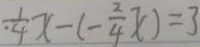
\frac { 1 } { . 4 } x - ( - \frac { 2 } { 4 } x ) = 3